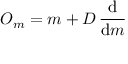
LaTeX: O _ { m } = m + D \, { \frac { \mathrm { d } } { \mathrm { d } m } }